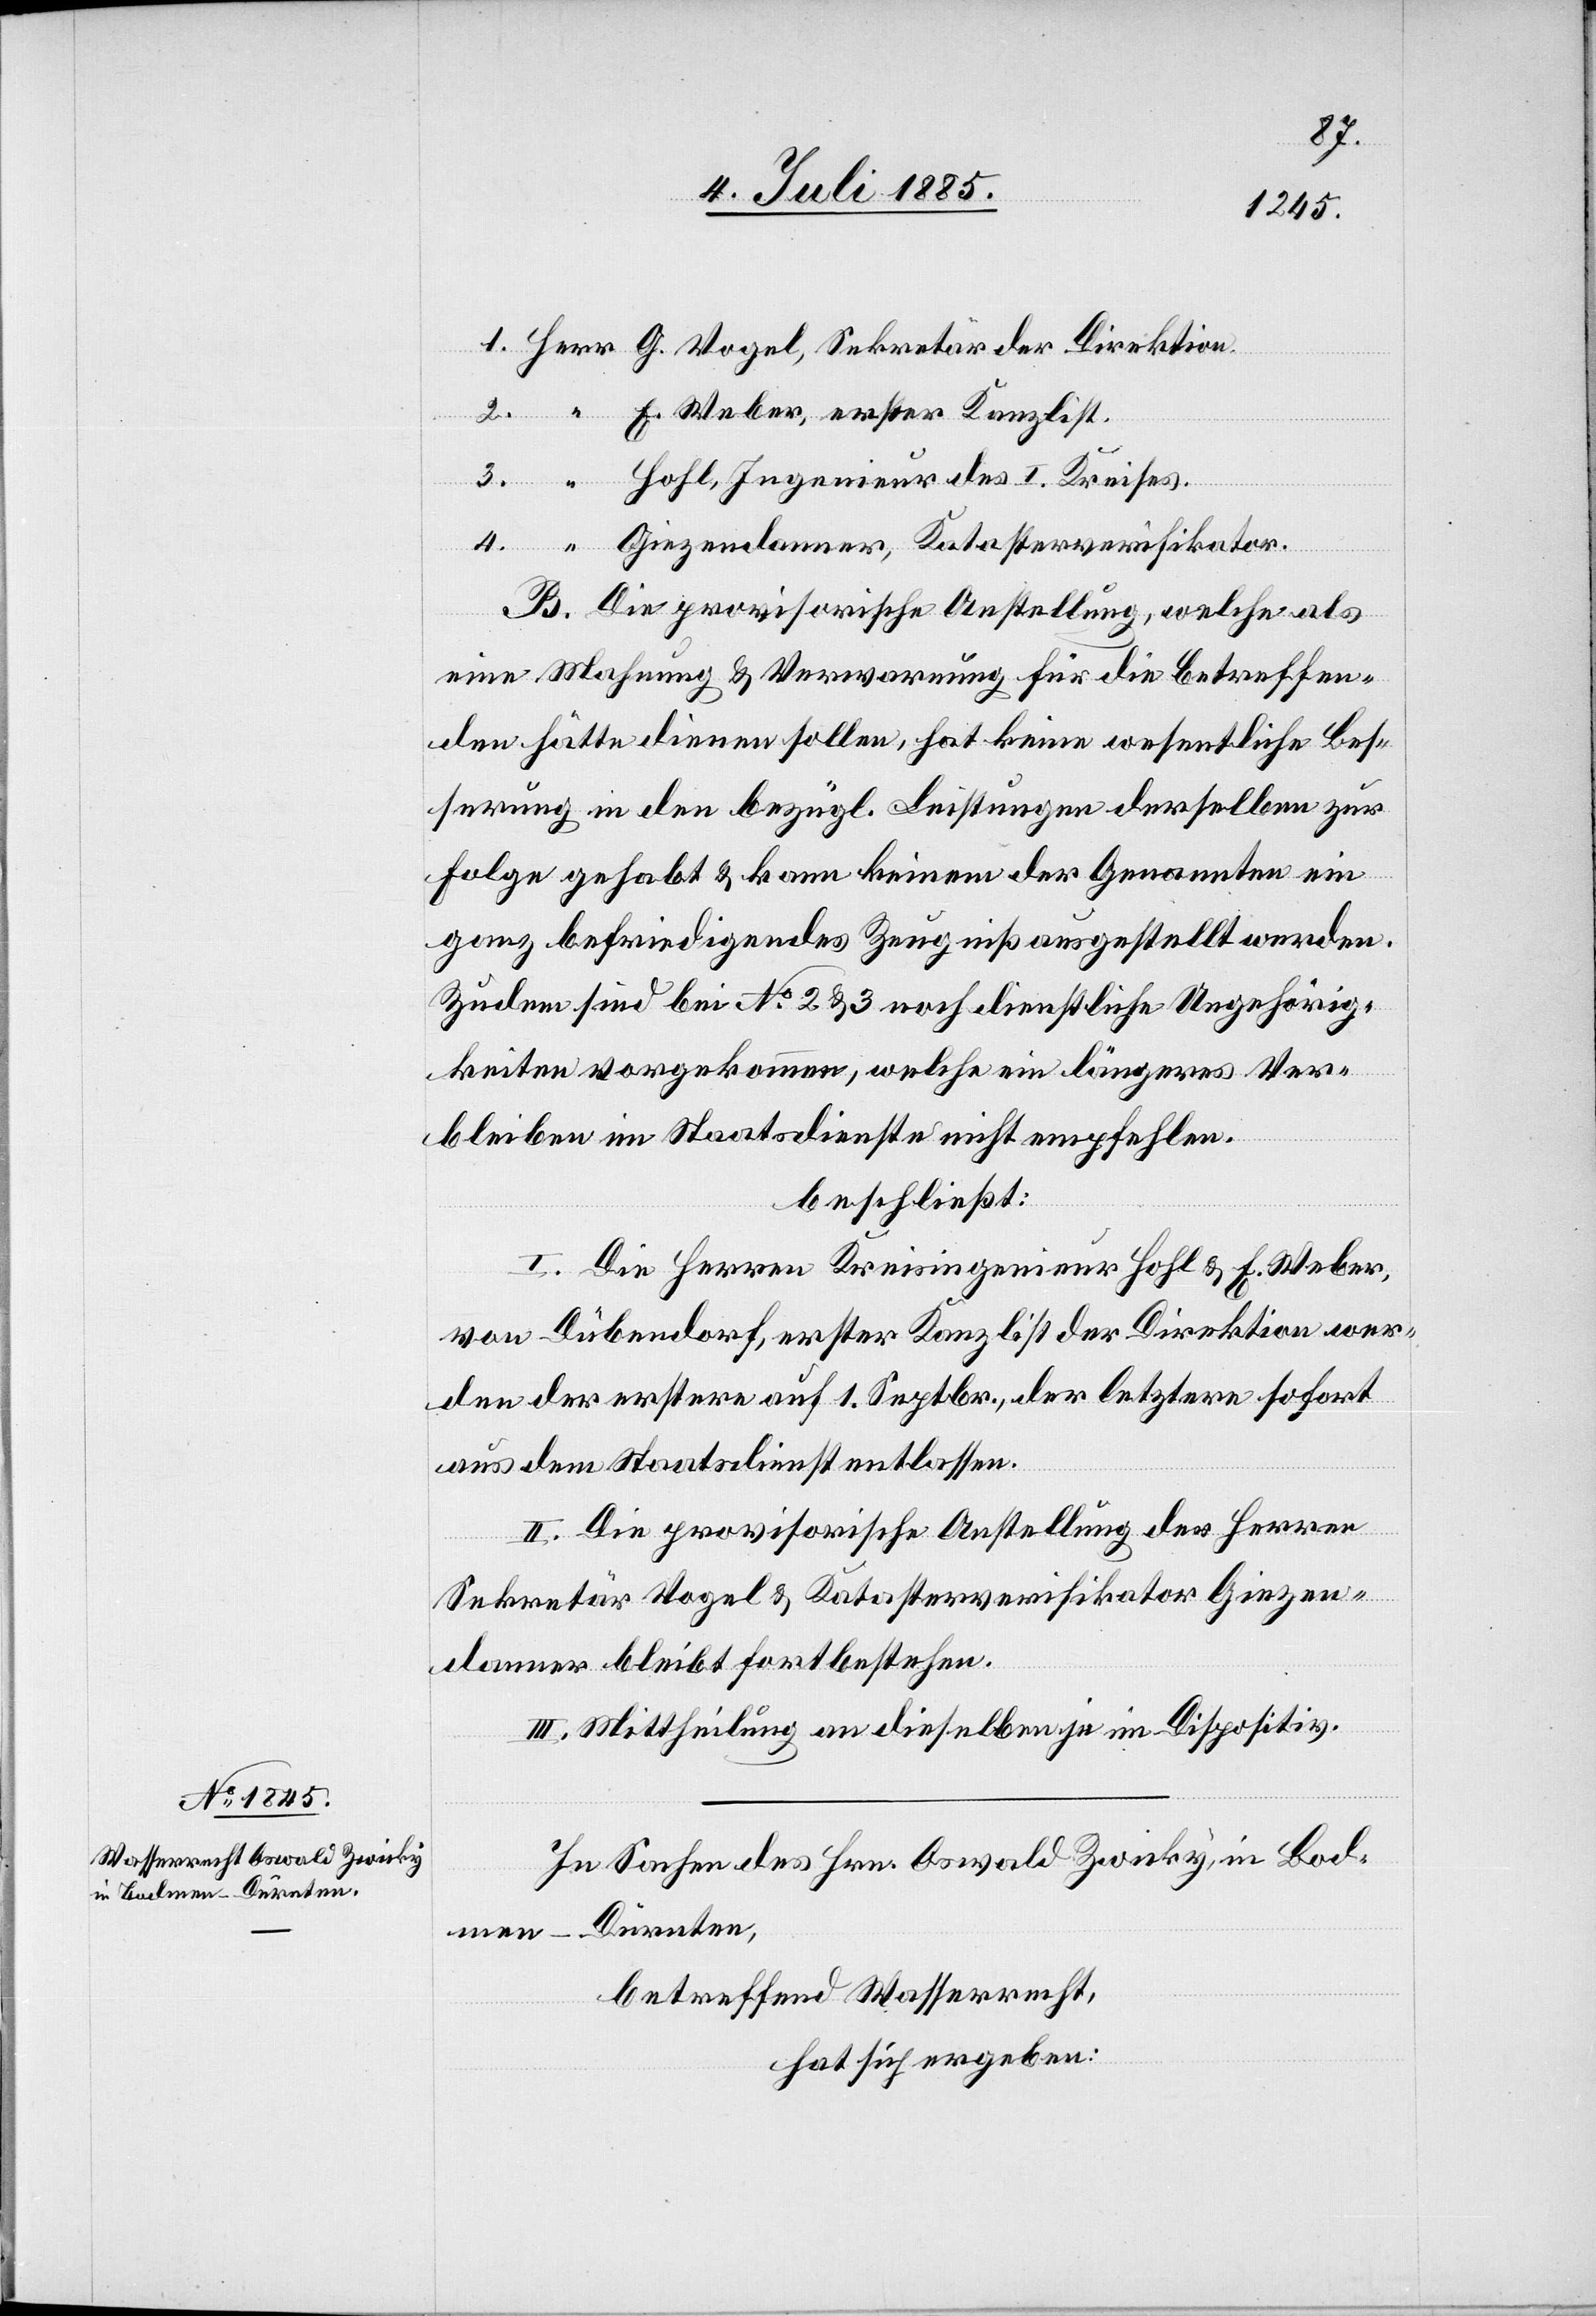
E. Weber, erster Kanzlist.
Hohl, Ingenieur des I. Kreises.
Giezendanner, Katasterverifikator.
B. Die provisorische Anstellung, welche als
eine Mahnung & Verwarnung für die betreffen¬
den Fälle dienen sollen, hat keine wesentliche Bes¬
serung in den bezügl. Leistungen derselben zur
Folge gehabt & kann keinem der Genannten ein
ganz befriedigendes Zeugniß ausgestellt werden.
Zudem sind bei No 2 & 3 noch dienstliche Ungehörig¬
keiten vorgekommen, welche ein längeres Ver¬
bleiben im Staatsdienste nicht empfehlen.
beschließt:
I. Die Herren Kreisingenieur Hohl & E. Weber,
von Dübendorf, erster Kanzlist der Direktion wer¬
den der erstere auf 1. Septbr., der letztere sofort
aus dem Staatsdienst entlassen.
II. Die provisorische Anstellung der Herren
Sekretär Vogel & Katasterverifikator Giezen¬
danner bleibt fortbestehen.
III. Mittheilung an dieselben je im Dispositiv.
In Sachen des Hrn. Oswald Zwicky in Bod¬
Dürnten,
men
betreffend Wasserrecht,
hat sich ergeben: